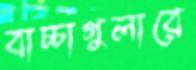
বাচ্চাগুলারে